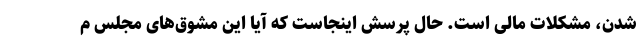
شدن، مشکلات مالی است. حال پرسش اینجاست که آیا این مشوق‌های مجلس م